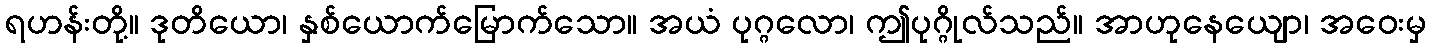
ရဟန်းတို့။ ဒုတိယော၊ နှစ်ယောက်မြောက်သော။ အယံ ပုဂ္ဂလော၊ ဤပုဂ္ဂိုလ်သည်။ အာဟုနေယျော၊ အဝေးမှ